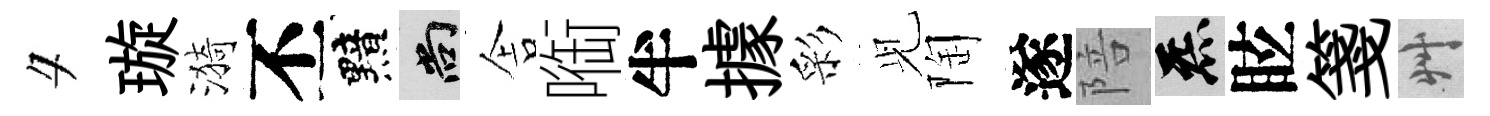
夕璇漪丕黯尚舎㗸半據彩𫤗陶遂陪炁眩箋艸